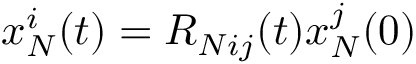
x _ { N } ^ { i } ( t ) = R _ { N i j } ( t ) x _ { N } ^ { j } ( 0 )